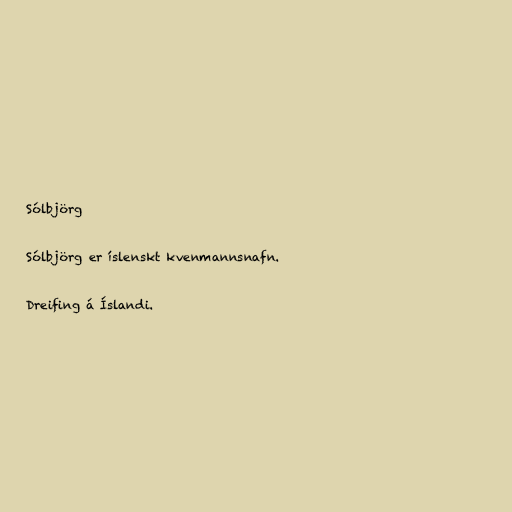
Sólbjörg

Sólbjörg er íslenskt kvenmannsnafn.

Dreifing á Íslandi.